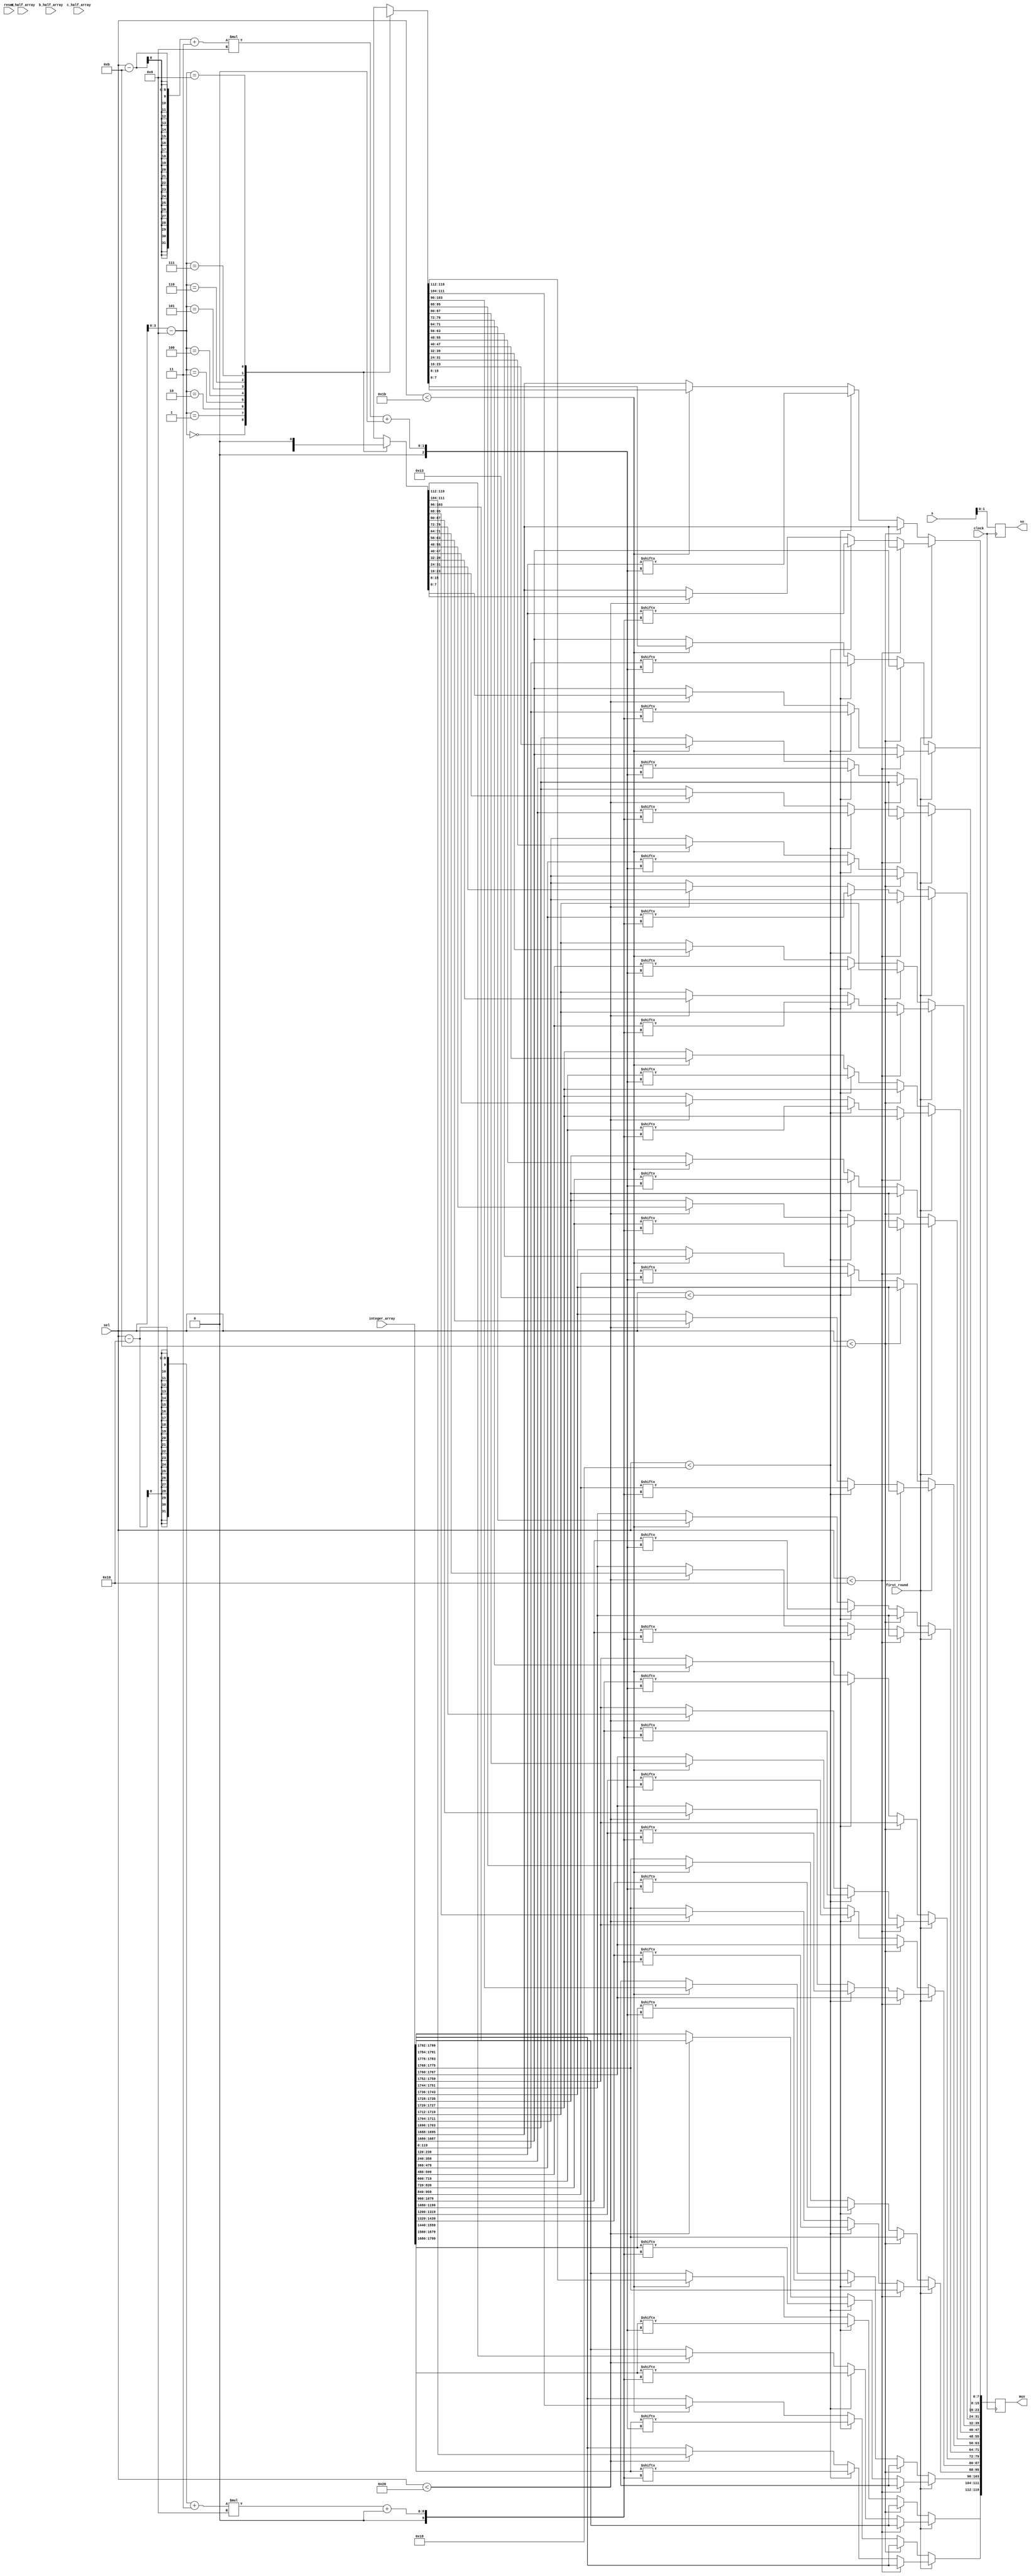
`define PIXEL_SIZE 5

module  input_array_mux(
  clock,
  reset,
  s,
  so,
  integer_array,
  a_half_array,
  b_half_array,
  c_half_array,
  sel,
  first_round,
  mux
 );

  parameter num_pixel = 8;
  input clock;
  input reset;
  input [9:0] s;
  output reg [1:0] so;
  input [1799:0] integer_array;
  input [959:0] a_half_array;
  input [959:0] b_half_array;
  input [959:0] c_half_array;
  input [7:0] sel;
  input first_round;
  output[119:0] mux;
  reg [119:0] mux;

  wire [7:0] val;
  wire  [119:0] in_buffer [0:14]; //for (4+7)*(4+7) interpolation
  wire  [119:0] in_half_A_buffer [0:8]; //for (4+7)*(4+7) interpolation
  wire  [119:0] in_half_B_buffer [0:8]; //for (4+7)*(4+7) interpolation
  wire  [119:0] in_half_C_buffer [0:8]; //for (4+7)*(4+7) interpolation

  parameter integer_rows = num_pixel+7+1;
  parameter integer_cols = integer_rows + num_pixel;
  // parameter half_a_cols = integer_cols + num_pixel;
  parameter half_b_cols = integer_cols + num_pixel;
  // parameter half_c_cols = half_b_cols + num_pixel;


  parameter integer_rows_SecondRound = num_pixel+7+1-5;
  parameter integer_cols_SecondRound = integer_rows_SecondRound + num_pixel;
  // parameter half_a_cols_SecondRound = integer_cols_SecondRound + num_pixel;
  parameter half_b_cols_SecondRound = integer_cols_SecondRound + num_pixel;
  // parameter half_c_cols_SecondRound = half_b_cols_SecondRound + num_pixel;

  assign {in_buffer[14],in_buffer[13],in_buffer[12],in_buffer[11],in_buffer[10],
          in_buffer[9],in_buffer[8],in_buffer[7],in_buffer[6],in_buffer[5],
          in_buffer[4],in_buffer[3],in_buffer[2],in_buffer[1],in_buffer[0]} = integer_array;

  assign {in_half_A_buffer[7],in_half_A_buffer[6],in_half_A_buffer[5],in_half_A_buffer[4],
          in_half_A_buffer[3],in_half_A_buffer[2],in_half_A_buffer[1],in_half_A_buffer[0]} = a_half_array;
  assign {in_half_B_buffer[7],in_half_B_buffer[6],in_half_B_buffer[5],in_half_B_buffer[4],
          in_half_B_buffer[3],in_half_B_buffer[2],in_half_B_buffer[1],in_half_B_buffer[0]} = b_half_array;
  assign {in_half_C_buffer[7],in_half_C_buffer[6],in_half_C_buffer[5],in_half_C_buffer[4],
          in_half_C_buffer[3],in_half_C_buffer[2],in_half_C_buffer[1],in_half_C_buffer[0]} = c_half_array;

  assign val = (sel-integer_rows+3)*8;
  assign val2 = (sel-integer_rows_SecondRound+3)*8;

  always @(posedge clock)
 	begin: MUX
    so = s[1:0];
    if (first_round) begin
      if (sel < integer_rows) begin
        //select row from integer_array
        //use case to select row? or just pass an input row somehow?
        mux <= in_buffer[14];
      end
      else if (sel < integer_cols) begin
        mux[7:0] <= in_buffer[0][val +: 8];
        mux[15:8] <= in_buffer[1][val +: 8];
        mux[23:16] <= in_buffer[2][val +: 8];
        mux[31:24] <= in_buffer[3][val +: 8];
        mux[39:32] <= in_buffer[4][val +: 8];
        mux[47:40] <= in_buffer[5][val +: 8];
        mux[55:48] <= in_buffer[6][val +: 8];
        mux[63:56] <= in_buffer[7][val +: 8];
        mux[71:64] <= in_buffer[8][val +: 8];
        mux[79:72] <= in_buffer[9][val +: 8];
        mux[87:80] <= in_buffer[10][val +: 8];
        mux[95:88] <= in_buffer[11][val +: 8];
        mux[103:96] <= in_buffer[12][val +: 8];
        mux[111:104] <= in_buffer[13][val +: 8];
        mux[119:112] <= in_buffer[14][val +: 8];

      // end else if (sel < half_a_cols) begin
      //$display("in temp_a: %d",sel);
        // mux <= in_half_A_buffer[sel-integer_cols];
      end else if (sel < half_b_cols) begin
      //$display("in temp_b: %d",sel);
        mux <= in_half_A_buffer[sel-integer_cols];

        // mux <= in_half_B_buffer[sel-half_a_cols];
      // end else if (sel < half_c_cols) begin
      //$display("in temp_c: %d",sel);

        // mux <= in_half_C_buffer[sel-half_b_cols];
      end
      else begin
      //$display("in default: %d",sel);

        mux <= in_buffer[14];
      end
    end
    else begin
      if (sel < integer_rows_SecondRound) begin
      //$display("2 int_row: %d -- ",sel);

        //select row from integer_array
        //use case to select row? or just pass an input row somehow?
        mux <= in_buffer[14];
      end
      else if (sel < integer_cols_SecondRound) begin
      $display("2 int_col: %d -- ",sel);

        mux[7:0] <= in_buffer[0][val2 +: 8];
        mux[15:8] <= in_buffer[1][val2 +: 8];
        mux[23:16] <= in_buffer[2][val2 +: 8];
        mux[31:24] <= in_buffer[3][val2 +: 8];
        mux[39:32] <= in_buffer[4][val2 +: 8];
        mux[47:40] <= in_buffer[5][val2 +: 8];
        mux[55:48] <= in_buffer[6][val2 +: 8];
        mux[63:56] <= in_buffer[7][val2 +: 8];
        mux[71:64] <= in_buffer[8][val2 +: 8];
        mux[79:72] <= in_buffer[9][val2 +: 8];
        mux[87:80] <= in_buffer[10][val2 +: 8];
        mux[95:88] <= in_buffer[11][val2 +: 8];
        mux[103:96] <= in_buffer[12][val2 +: 8];
        mux[111:104] <= in_buffer[13][val2 +: 8];
        mux[119:112] <= in_buffer[14][val2 +: 8];

      // end else if (sel < half_a_cols_SecondRound) begin
      // //$display("2 temp_a: %d -- ",sel);
      //   mux <= in_half_A_buffer[sel-integer_cols];
      end else if (sel < half_b_cols_SecondRound) begin
      // $display("2 temp_b: %d -- ",sel);

        mux <= in_half_B_buffer[sel-integer_cols];
      // end else if (sel < half_c_cols_SecondRound) begin
      // //$display("2 temp_c: %d -- ",sel);
      //
      //   mux <= in_half_C_buffer[sel-half_b_cols];
      end
      else begin
      // $display("2 default: %d",sel);

        mux <= in_buffer[14];
      end
    end
 	end
 endmodule //End Of Module mux